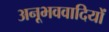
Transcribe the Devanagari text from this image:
अनूभववादियों